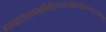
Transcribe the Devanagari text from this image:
गावात१एमबीबीएसपदवीधरवैद्यकव्यवसायीआहे